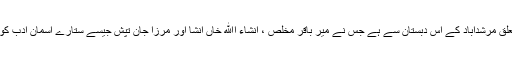
آپ کا تعلق مرشدآباد کے اس دبستان سے ہے جس نے میر باقر مخلصؔ ، انشاء اﷲ خاں انشاؔ اور مرزا جان تپشؔ جیسے ستارے آسمانِ ادب کو دیئے ۔